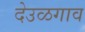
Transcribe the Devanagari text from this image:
देउळगाव